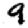
Digit: 9